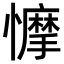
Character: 𢣾